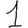
Digit: 1